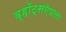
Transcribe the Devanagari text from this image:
व्हॉट्सऍपला